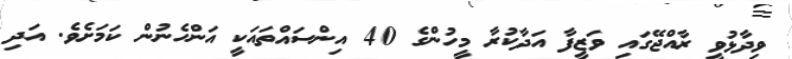
ވިދާޅުވީ ރާއްޖޭގައި ވަޒީފާ އަދާކުރާ މީހުންގެ 40 އިންސައްތައަކީ އަންހެނުން ކަމަށެވެ. އަދި